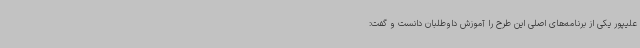
علیپور یکی از برنامه‌های اصلی این طرح را آموزش داوطلبان دانست و گفت: